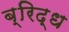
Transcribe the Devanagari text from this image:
ब्रिद्ध